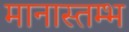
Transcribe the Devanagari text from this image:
मानास्तम्भ